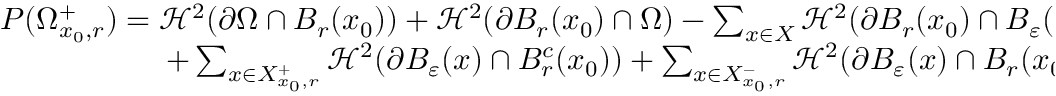
\begin{array} { r } { P ( \Omega _ { x _ { 0 } , r } ^ { + } ) = \mathcal H ^ { 2 } ( \partial \Omega \cap B _ { r } ( x _ { 0 } ) ) + \mathcal H ^ { 2 } ( \partial B _ { r } ( x _ { 0 } ) \cap \Omega ) - \sum _ { x \in X } \mathcal H ^ { 2 } ( \partial B _ { r } ( x _ { 0 } ) \cap B _ { \varepsilon } ( x ) ) } \\ { + \sum _ { x \in X _ { x _ { 0 } , r } ^ { + } } \mathcal H ^ { 2 } ( \partial B _ { \varepsilon } ( x ) \cap B _ { r } ^ { c } ( x _ { 0 } ) ) + \sum _ { x \in X _ { x _ { 0 } , r } ^ { - } } \mathcal H ^ { 2 } ( \partial B _ { \varepsilon } ( x ) \cap B _ { r } ( x _ { 0 } ) ) , } \end{array}